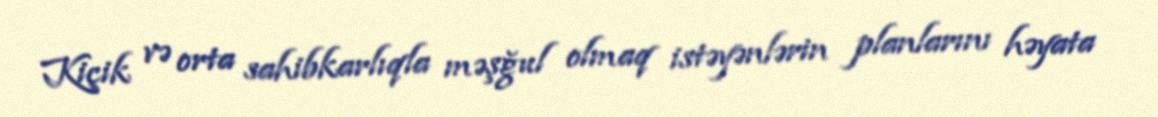
Kiçik və orta sahibkarlıqla məşğul olmaq istəyənlərin planlarını həyata